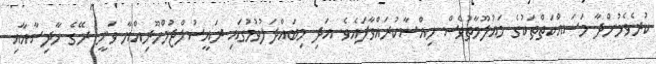
ކުރެވެމުންދާ މަސައްކަތްތަކުގެ މައުލޫމާތުވެސް ހިއްސާކުރައްވާފައެވެ. އަދި މިބައްދަލުވުމުގައި ރައީސުލްޖުމްހޫރިއްޔާ ވަނީ ރޭގެ ހާދިސާއާއި